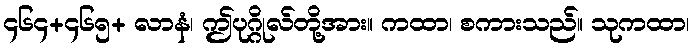
၄၆၄+၄၆၅+ လာနံ၊ ဤပုဂ္ဂိုလ်တို့အား။ ကထာ၊ စကားသည်။ သုကထာ၊